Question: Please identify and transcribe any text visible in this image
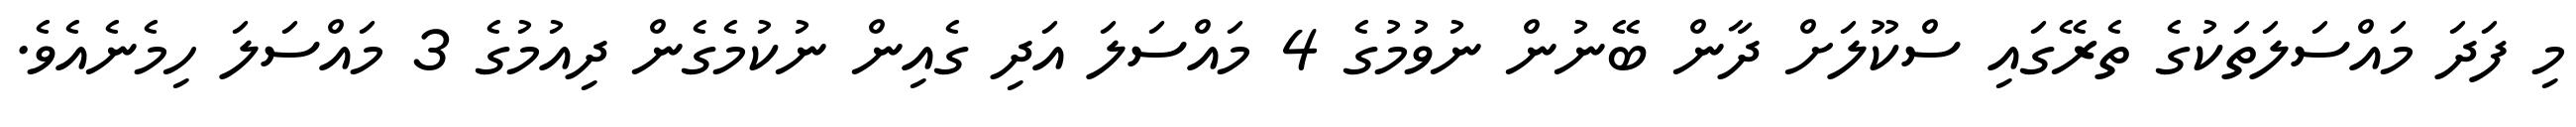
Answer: މި ފަދަ މައްސަލަތަކުގެ ތެރޭގައި ސްކޫލަށް ދާން ބޭނުން ނުވުމުގެ 4 މައްސަލަ އަދި ގެއިން ނުކުމެގެން ދިއުމުގެ 3 މައްސަލަ ހިމެނެއެވެ.